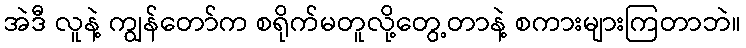
အဲဒီ လူနဲ့ ကျွန်တော်က စရိုက်မတူလို့တွေ့တာနဲ့ စကားများကြတာဘဲ။